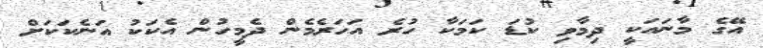
އޭގެ މާނައަކީ ދިމާވި ކުޑަ ކަމަކާ ހުރެ އަހަރެމެން ދެމީހުން އެކަކު އަނެކަކަށް